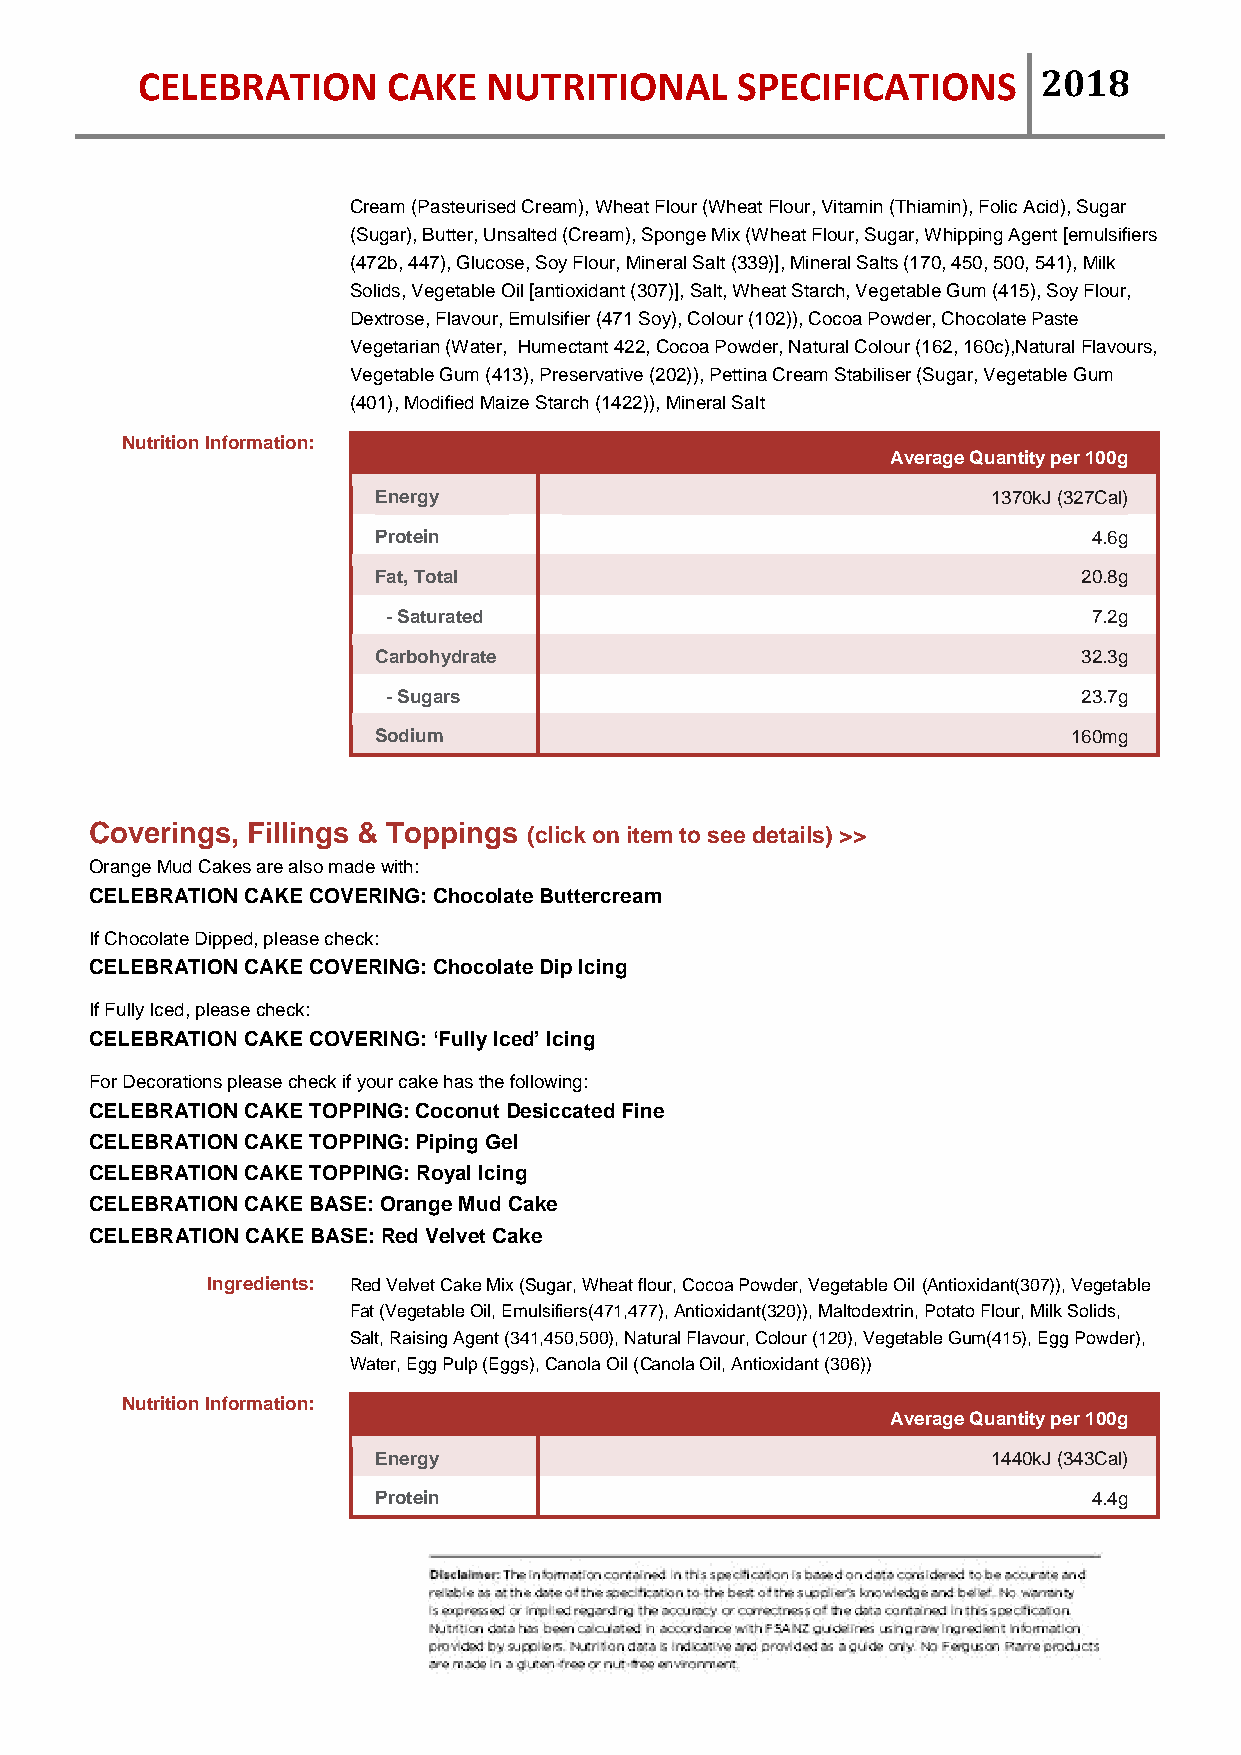
CELEBRATION      CAKE  NUTRITIONAL      SPECIFICATIONS      2018
 Cream (Pasteurised Cream), Wheat Flour (Wheat Flour, Vitamin (Thiamin), Folic Acid), Sugar
 (Sugar), Butter, Unsalted (Cream), Sponge Mix (Wheat Flour, Sugar, Whipping Agent [emulsifiers
 (472b, 447), Glucose, Soy Flour, Mineral Salt (339)], Mineral Salts (170, 450, 500, 541), Milk
 Solids, Vegetable Oil [antioxidant (307)], Salt, Wheat Starch, Vegetable Gum (415), Soy Flour,
 Dextrose, Flavour, Emulsifier (471 Soy), Colour (102)), Cocoa Powder, Chocolate Paste
 Vegetarian (Water, Humectant 422, Cocoa Powder, Natural Colour (162, 160c),Natural Flavours,
 Vegetable Gum (413), Preservative (202)), Pettina Cream Stabiliser (Sugar, Vegetable Gum
 (401), Modified Maize Starch (1422)), Mineral Salt
 Nutrition Information:
 Average Quantity per 100g
 Energy                                   1370kJ (327Cal)
 Protein                                        4.6g
 Fat, Total                                     20.8g
 - Saturated                                   7.2g
 Carbohydrate                                   32.3g
 - Sugars                                      23.7g
 Sodium                                        160mg
 Coverings, Fillings & Toppings (click on item to see details) >>
 Orange Mud Cakes are also made with:
 CELEBRATION CAKE COVERING: Chocolate Buttercream
 If Chocolate Dipped, please check:
 CELEBRATION CAKE COVERING: Chocolate Dip Icing
 If Fully Iced, please check:
 CELEBRATION CAKE COVERING: ‘Fully Iced’ Icing
 For Decorations please check if your cake has the following:
 CELEBRATION CAKE TOPPING: Coconut Desiccated Fine
 CELEBRATION CAKE TOPPING: Piping Gel
 CELEBRATION CAKE TOPPING: Royal Icing
 CELEBRATION CAKE BASE: Orange Mud Cake
 CELEBRATION CAKE BASE: Red Velvet Cake
 Ingredients: Red Velvet Cake Mix (Sugar, Wheat flour, Cocoa Powder, Vegetable Oil (Antioxidant(307)), Vegetable
 Fat (Vegetable Oil, Emulsifiers(471,477), Antioxidant(320)), Maltodextrin, Potato Flour, Milk Solids,
 Salt, Raising Agent (341,450,500), Natural Flavour, Colour (120), Vegetable Gum(415), Egg Powder),
 Water, Egg Pulp (Eggs), Canola Oil (Canola Oil, Antioxidant (306))
 Nutrition Information:
 Average Quantity per 100g
 Energy                                   1440kJ (343Cal)
 Protein                                        4.4g